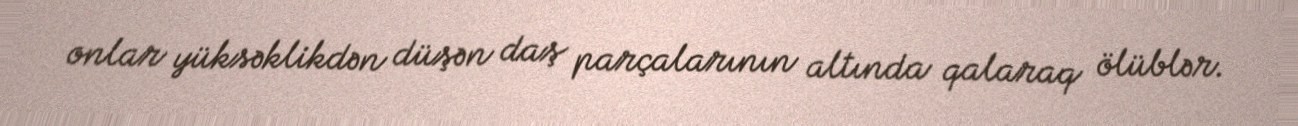
onlar yüksəklikdən düşən daş parçalarının altında qalaraq ölüblər.